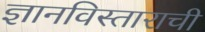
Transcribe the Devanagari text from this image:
ज्ञानविस्ताराची